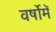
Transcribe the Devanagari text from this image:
वर्षोमें